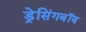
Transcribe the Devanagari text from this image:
ड्रेसिंगबॉय